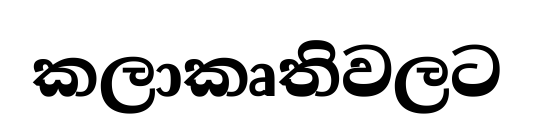
කලාකෘතිවලට